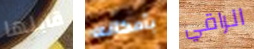
قابلها بأمكانه الراقي